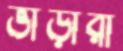
ভাঁড়ারী